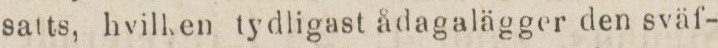
satts, hvilken tydligast ådagalägger den sväf-